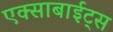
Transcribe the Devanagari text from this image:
एक्साबाईट्स